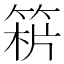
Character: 𥯻